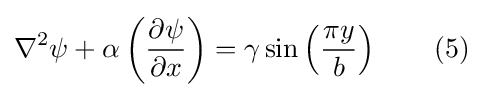
\nabla ^{2}\psi +\alpha \left({\frac {\partial \psi }{\partial x}}\right)=\gamma \sin \left({\frac {\pi y}{b}}\right)\qquad (5)